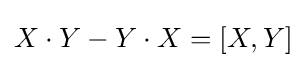
X\cdot Y-Y\cdot X=[X,Y]